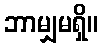
ဘာမျှမရှိ။